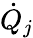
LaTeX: {\dot{Q}}_{j}